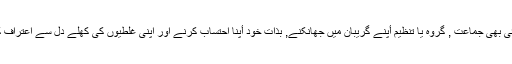
اور اس سے بھی بڑا المیہ یہ ہے کہ ان میں سے کوئی بھی جماعت , گروہ یا تنظیم أپنے گریبان میں جھانکنے, بذات خود أپنا احتساب کرنے اور اپنی غلطیوں کی کھلے دل سے اعتراف کرنے اور پھر ان کی اصلاح کے لیے تیار نہیں ہے۔